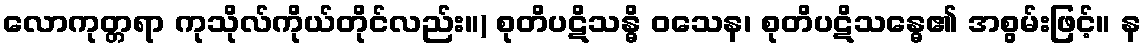
လောကုတ္တရာ ကုသိုလ်ကိုယ်တိုင်လည်း။) စုတိပဋိသန္ဓိ ဝသေန၊ စုတိပဋိသန္ဓေ၏ အစွမ်းဖြင့်။ န